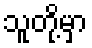
သူတို့မှာ